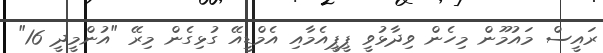
ރައީސް މައުމޫން މިހެން ވިދާޅުވީ ޕީޕީއެމާއި އެމްޑީއޭ ގުޅިގެން މިރޭ "އުންމީދީ 16"